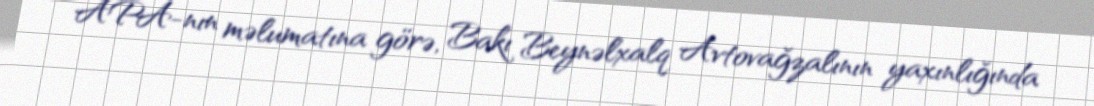
APA-nın məlumatına görə, Bakı Beynəlxalq Avtovağzalının yaxınlığında